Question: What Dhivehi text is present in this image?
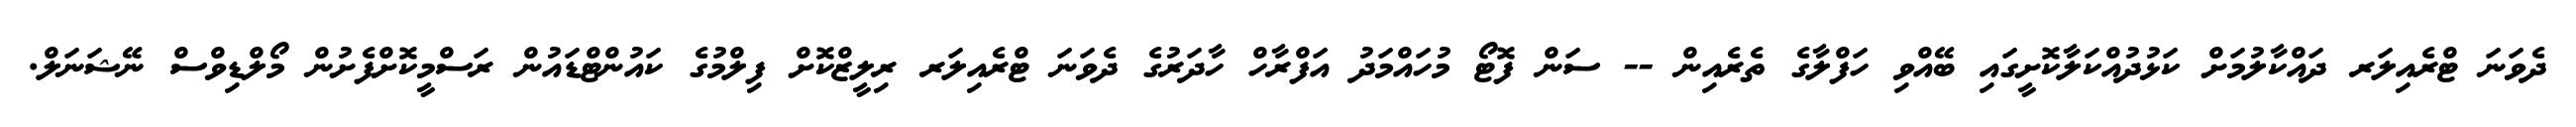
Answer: ދެވަނަ ޓްރެއިލަރ ދައްކާލުމަށް ކަޅުދުއްކަލާކޮށީގައި ބޭއްވި ހަފްލާގެ ތެރެއިން -- ސަން ފޮޓޯ މުހައްމަދު އަފްރާހް ހާދަރުގެ ދެވަނަ ޓްރެއިލަރ ރިލީޒްކޮށް ފިލްމުގެ ކައުންޓްޑައުން ރަސްމީކޮށްފެށުން މޯލްޑިވްސް ނޭޝަނަލް.